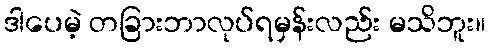
ဒါပေမဲ့ တခြားဘာလုပ်ရမှန်းလည်း မသိဘူး။